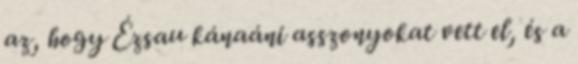
az, hogy Ézsau kánaáni asszonyokat vett el, és a